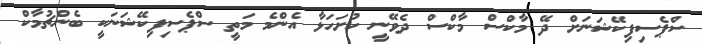
ސްޕެސިފިކޭޝަނަށް ދޭ މާކްސް މާކްސް ދެވޭނީ ހުށަހަޅާ އެންމެ މަތީ ސްޕެސިފިކޭޝަނަކީ ބެންޗުމާކް